Vaccine operations Central Provinces 1900-1911 - 1900-1911
Year: 1900
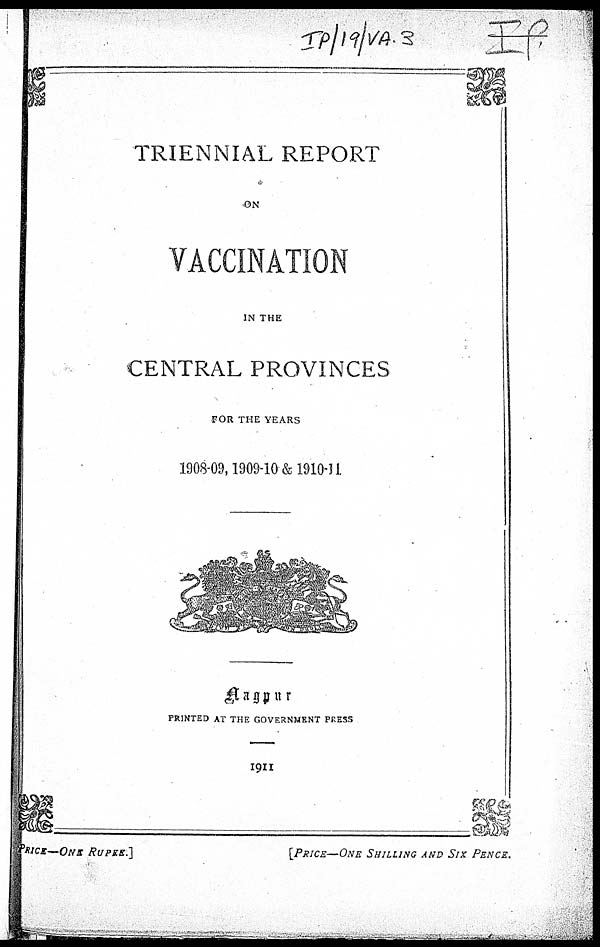
TRIENNIAL REPORT
ON
VACCINATION
IN THE
CENTRAL PROVINCES
FOR THE YEARS
1908-09, 1909-10 & 1910-11
Nagpur
PRINTED AT THE GOVERNMENT PRESS
1911
PRICE—ONE
RUPEE.]
[PRICE—ONE SHILLING AND SIX PENCE.